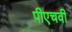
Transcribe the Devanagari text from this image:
पीएचवी